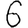
Digit: 6